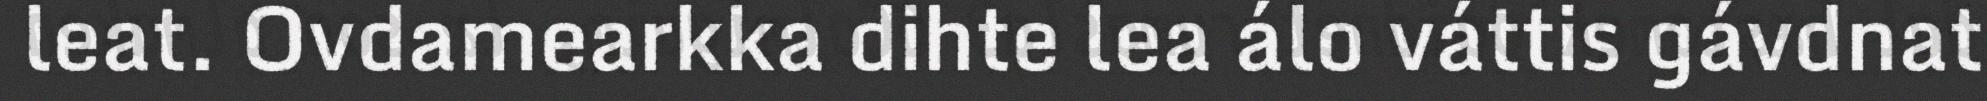
leat. Ovdamearkka dihte lea álo váttis gávdnat